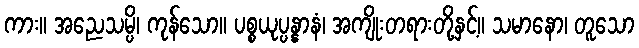
ကား။ အညေသမ္ပိ၊ ကုန်သော။ ပစ္စယုပ္ပန္နာနံ၊ အကျိုးတရားတို့နှင့်။ သမာနော၊ တူသော